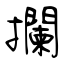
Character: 攔